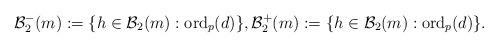
LaTeX: \begin{align*} \mathcal B_2^-(m) := \{h \in \mathcal B_2(m): \mathrm{ord}_p(d) \}, \mathcal B_2^+(m) := \{h \in \mathcal B_2(m): \mathrm{ord}_p(d) \}.\end{align*}